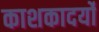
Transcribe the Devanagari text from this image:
काशकादर्यो